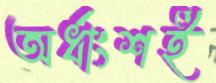
অর্ধাংশই